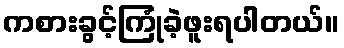
ကစားခွင့်ကြုံခဲ့ဖူးရပါတယ်။